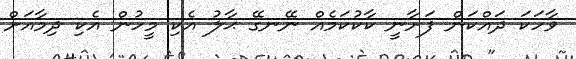
ވާހަކަ ދައްކަން ފަށާނީ ކާކުކަމެއް ނޭނގޭ ޙާލު އެކި މީހުން އެކި ދިމާއަށް